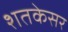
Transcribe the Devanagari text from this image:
शतकेसर